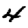
Digit: 4